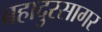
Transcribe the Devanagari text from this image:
बहादुरसागर